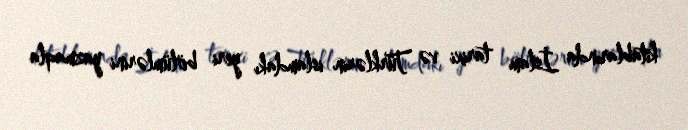
kitablarında İslam tarixi və Türklərin islamdakı yeri bölümlərini yazmaqla